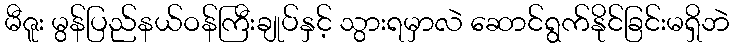
မီဇူး မွန်ပြည်နယ်ဝန်ကြီးချုပ်နှင့် သွားရမှာလဲ ဆောင်ရွက်နိုင်ခြင်းမရှိဘဲ